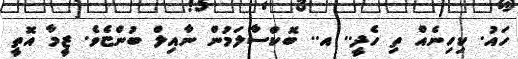
ހައު. ކިހިނެއް ތި ހެދީ.. އ.. ބޮކްސާލަމުން ނާއިލް ބުންޏެވެ. ޒީމާ އޮތީ